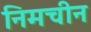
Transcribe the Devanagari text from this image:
निमचीन